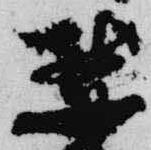
禁